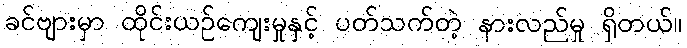
ခင်ဗျားမှာ ထိုင်းယဉ်ကျေးမှုနှင့် ပတ်သက်တဲ့ နားလည်မှု ရှိတယ်။